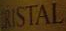
RISTAL